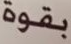
بقوة